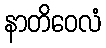
နာတိဝေလံ